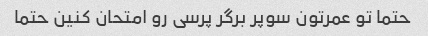
حتما تو عمرتون سوپر برگر پرسی رو امتحان کنین حتما